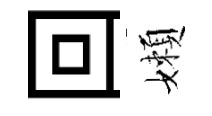
回嬾